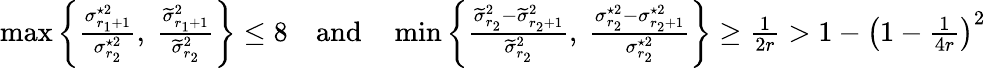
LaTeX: \begin{array}{r}{\operatorname*{max}\left\{ \frac{\sigma_{r_{1}+1}^{\star 2}}{\sigma_{r_{2}}^{\star 2}},\ \frac{\widetilde{\sigma}_{r_{1}+1}^{2}}{\widetilde{\sigma}_{r_{2}}^{2}}\right\} \leq 8\quad\mathrm{and}\quad\operatorname*{min}\left\{ \frac{\widetilde{\sigma}_{r_{2}}^{2}-\widetilde{\sigma}_{r_{2}+1}^{2}}{\widetilde{\sigma}_{r_{2}}^{2}},\ \frac{\sigma_{r_{2}}^{\star 2}-\sigma_{r_{2}+1}^{\star 2}}{\sigma_{r_{2}}^{\star 2}}\right\} \geq\frac{1}{2r}>1-\left(1-\frac{1}{4r}\right)^{2}}\end{array}